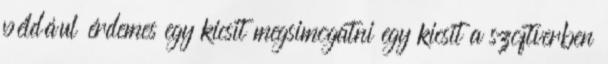
például érdemes egy kicsit megsimogatni egy kicsit a szoftverben